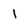
Character: I